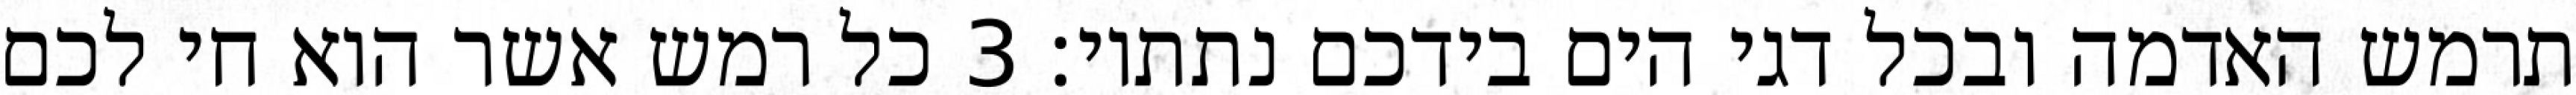
תרמש האדמה ובכל דגי הים בידכם נתתיו׃ ‎3‏ כל רמש אשר הוא חי לכם